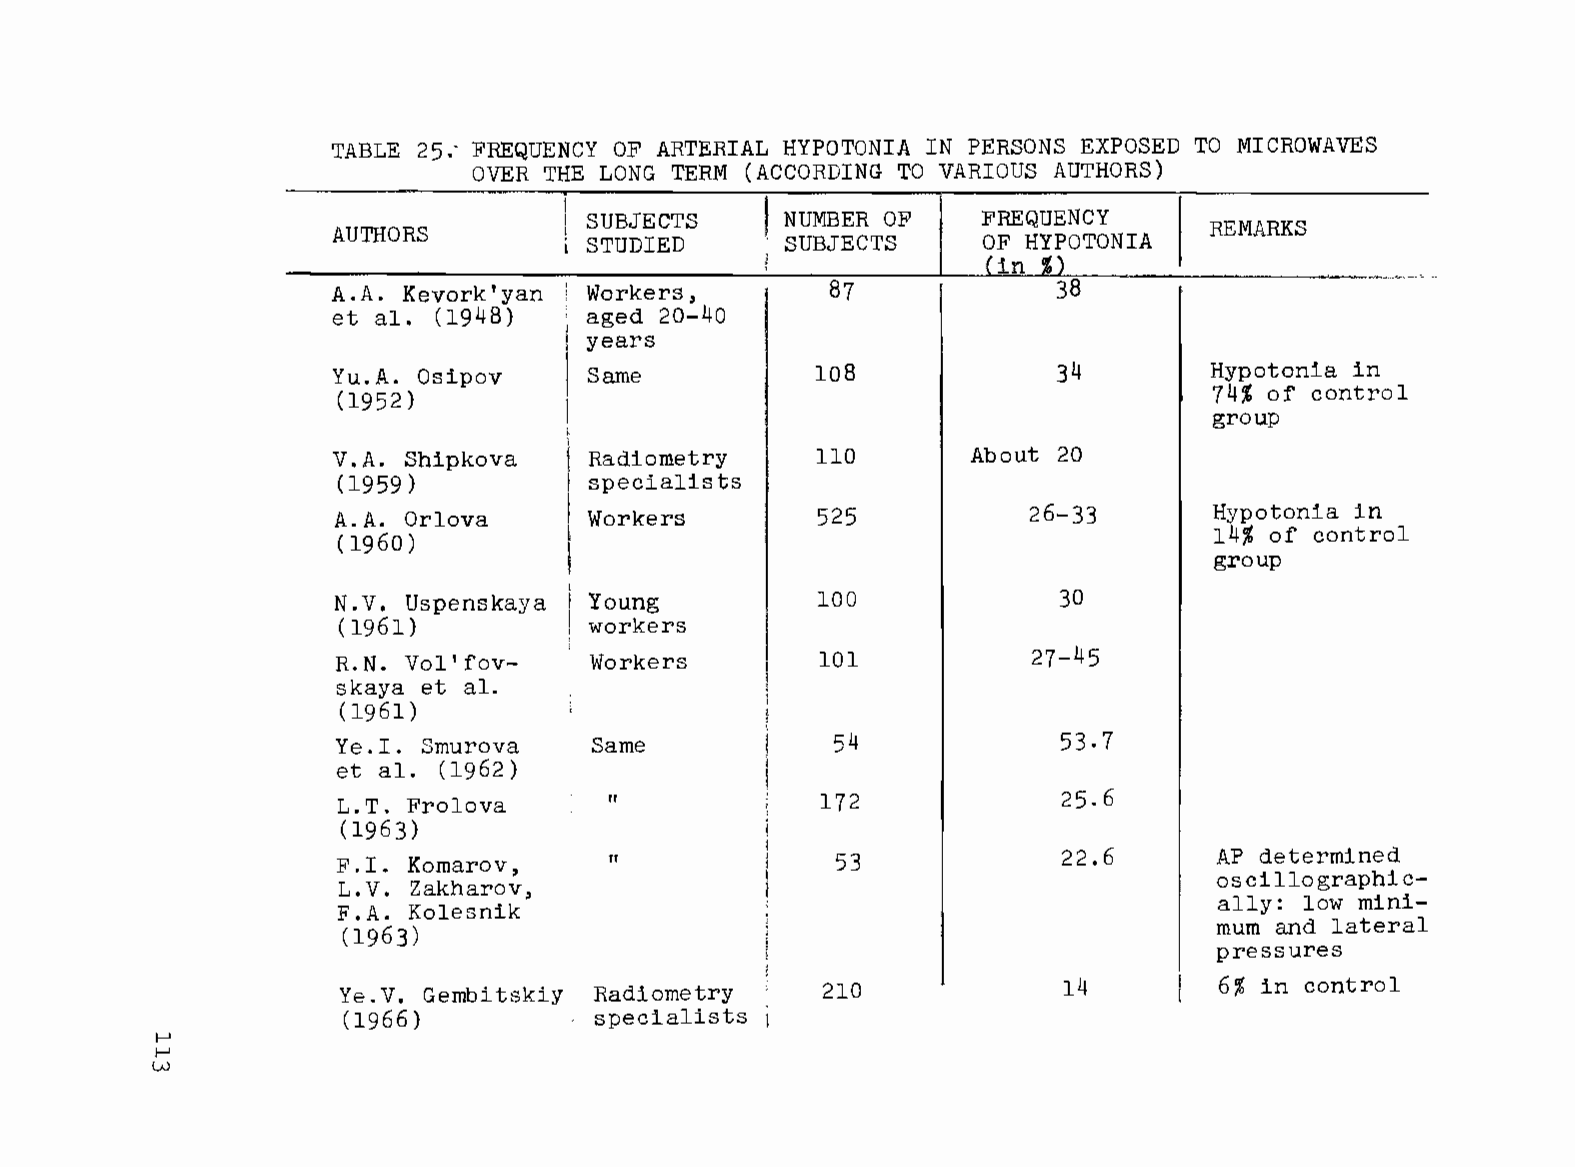
TABLE 25: FREQUENCY OF ARTERIAL HYPOTONIA IN PERSONS EXPOSED TO MICROWAVES
 OVER THE LONG TERM (ACCORDING TO VARIOUS AUTHORS)
 i------------.----------r------------~
 ! SUBJECTS     NUMBER OF    FREQUENCY
 AUTHORS         l STUDIED     SUBJECTS     OF HYPOTONIA I REMARKS
 ,n
 (in
 A.A. Kevork'yan  Workers,        87             38
 et al. (1948)    aged 20-40
 years
 Yu.A. Osipov     Same           108             34        Hypotonia in
 (1952)                                                     74% of control
 group
 V.A. Shipkova    Radiometry     110        About 20
 (1959)           specialists
 A.A. Orlova      Workers        525           26-33        Hypotonia in
 14% of control
 (  60)
 group
 N.V. Uspenskaya  Young          100             30
 (1961 )          workers
 R.N. Vol'fov­    Workers        101            27-45
 skaya et al.
 (1961)
 Ye.I. Smurova    Same            54             53.7
 et al. (1962)
 L.T. Frolova      If            172              25.6
 (1963)
 F.I. Komarov,     If              53             22.6      AP determined
 oscillographic­
 L. V. Zakharov,
 ally: low mini­
 F.A. Kolesnik
 mum and lateral
 (1963)
 pressures
 Ye.V. Gembitskiy Radiometry     210             14        6% in control
 (1966)          specialists
 I-'
 I-'
 W